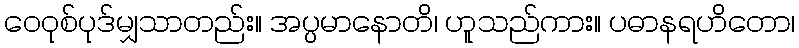
ဝေဝုစ်ပုဒ်မျှသာတည်း။ အပ္ပမာနောတိ၊ ဟူသည်ကား။ ပဓာနရဟိတော၊